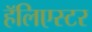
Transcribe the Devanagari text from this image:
हॅलिएस्टर